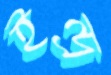
ইন্দ্র